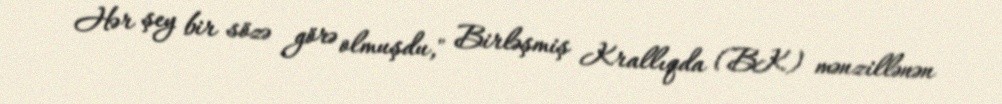
Hər şey bir sözə görə olmuşdu," Birləşmiş Krallıqda (BK) mənzillənən